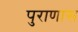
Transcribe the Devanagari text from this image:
पुराणास